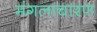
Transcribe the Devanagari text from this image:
मंगलाचारण